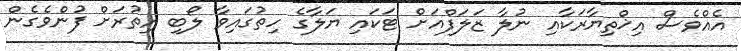
އެއްވެސް އިޚްތިޔާރަކާއި ނުލާ ޒަލަފްއަށް ޓަކައި ޔަލާގެ ހިތުގައިވާ ލޯބި އިތުރަށް ފުންވެގެން